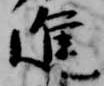
進